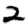
Digit: 2